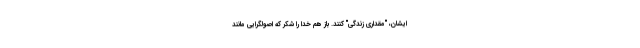
ایشان، "مقداری زندگی" کنند. باز هم خدا را شکر که اصولگرایی مانند